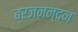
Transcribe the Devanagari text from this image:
ब्रजनन्दन